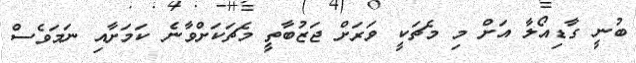
ބުނީ ގާޑިއޯލާ އަށް މި މެޗަކީ ވަރަށް ޖަޒުބާތީ މެޗަކަށްވާނެ ކަމަށާއި ނަމަވެސް